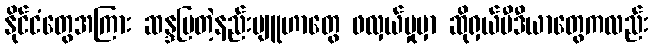
နိုင်ငံတွေအကြား ဆန္ဒပြတဲ့နည်းဗျူဟာတွေ ဖလှယ်မှုမှာ ဆိုရှယ်မီဒီယာတွေကလည်း